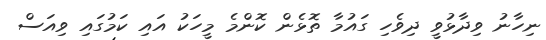
ނިހާނު ވިދާޅުވީ ދިވެހި ގައުމާ ތޮޅެން ކޮންމެ މީހަކު އައި ކަމުގައި ވިއަސް